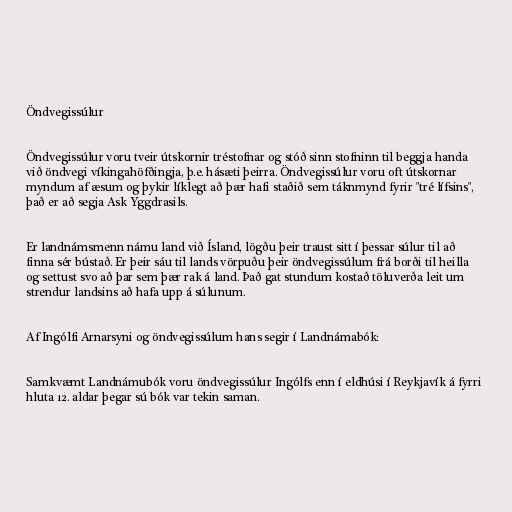
Öndvegissúlur

Öndvegissúlur voru tveir útskornir tréstofnar og stóð sinn stofninn til beggja handa
við öndvegi víkingahöfðingja, þ.e. hásæti þeirra. Öndvegissúlur voru oft útskornar
myndum af æsum og þykir líklegt að þær hafi staðið sem táknmynd fyrir "tré lífsins",
það er að segja Ask Yggdrasils.

Er landnámsmenn námu land við Ísland, lögðu þeir traust sitt í þessar súlur til að
finna sér bústað. Er þeir sáu til lands vörpuðu þeir öndvegissúlum frá borði til heilla
og settust svo að þar sem þær rak á land. Það gat stundum kostað töluverða leit um
strendur landsins að hafa upp á súlunum.

Af Ingólfi Arnarsyni og öndvegissúlum hans segir í Landnámabók:

Samkvæmt Landnámubók voru öndvegissúlur Ingólfs enn í eldhúsi í Reykjavík á fyrri
hluta 12. aldar þegar sú bók var tekin saman.